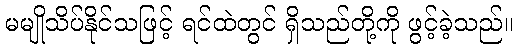
မမျိုသိပ်နိုင်သဖြင့် ရင်ထဲတွင် ရှိသည်တို့ကို ဖွင့်ခဲ့သည်။